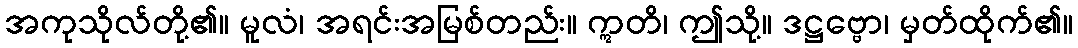
အကုသိုလ်တို့၏။ မူလံ၊ အရင်းအမြစ်တည်း။ ဣတိ၊ ဤသို့။ ဒဋ္ဌဗ္ဗော၊ မှတ်ထိုက်၏။